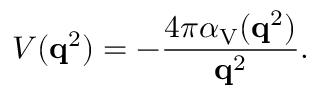
V ( { \bf q } ^ { 2 } ) = - \frac { 4 \pi \alpha _ { \mathrm { V } } ( { \bf q } ^ { 2 } ) } { { \bf q } ^ { 2 } } .